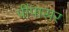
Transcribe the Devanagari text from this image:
पींपासर